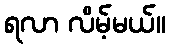
ရလာ လိမ့်မယ်။